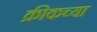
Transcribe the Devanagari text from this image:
क्रीकच्या